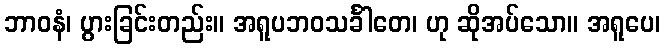
ဘာဝနံ၊ ပွားခြင်းတည်း။ အရူပဘဝသင်္ခါတေ၊ ဟု ဆိုအပ်သော။ အရူပေ၊